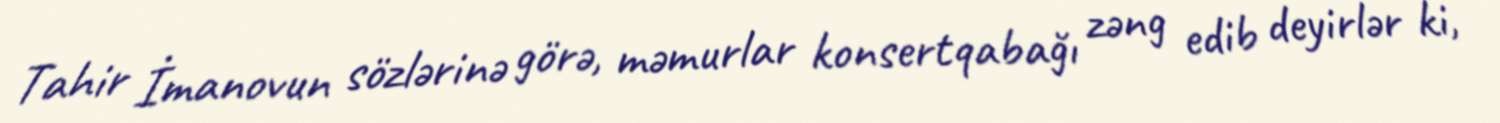
Tahir İmanovun sözlərinə görə, məmurlar konsertqabağı zəng edib deyirlər ki,